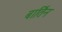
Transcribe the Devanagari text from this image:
बार्तिन